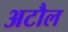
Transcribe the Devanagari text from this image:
अटौल